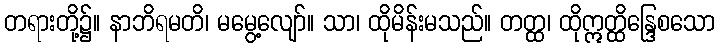
တရားတို့၌။ နာဘိရမတိ၊ မမွေ့လျော်။ သာ၊ ထိုမိန်းမသည်။ တတ္ထ၊ ထိုဣတ္ထိန္ဒြေစသော